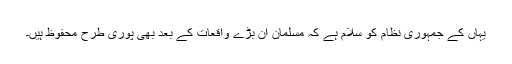
یہاں کے جمہوری نظام کو سلام ہے کہ مسلمان ان بڑے واقعات کے بعد بھی پوری طرح محفوظ ہیں۔